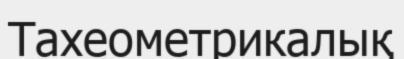
Тахеометрикалық